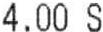
4.00 S